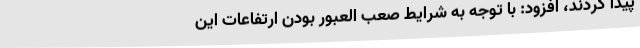
پیدا کردند، افزود: با توجه به شرایط صعب العبور بودن ارتفاعات این